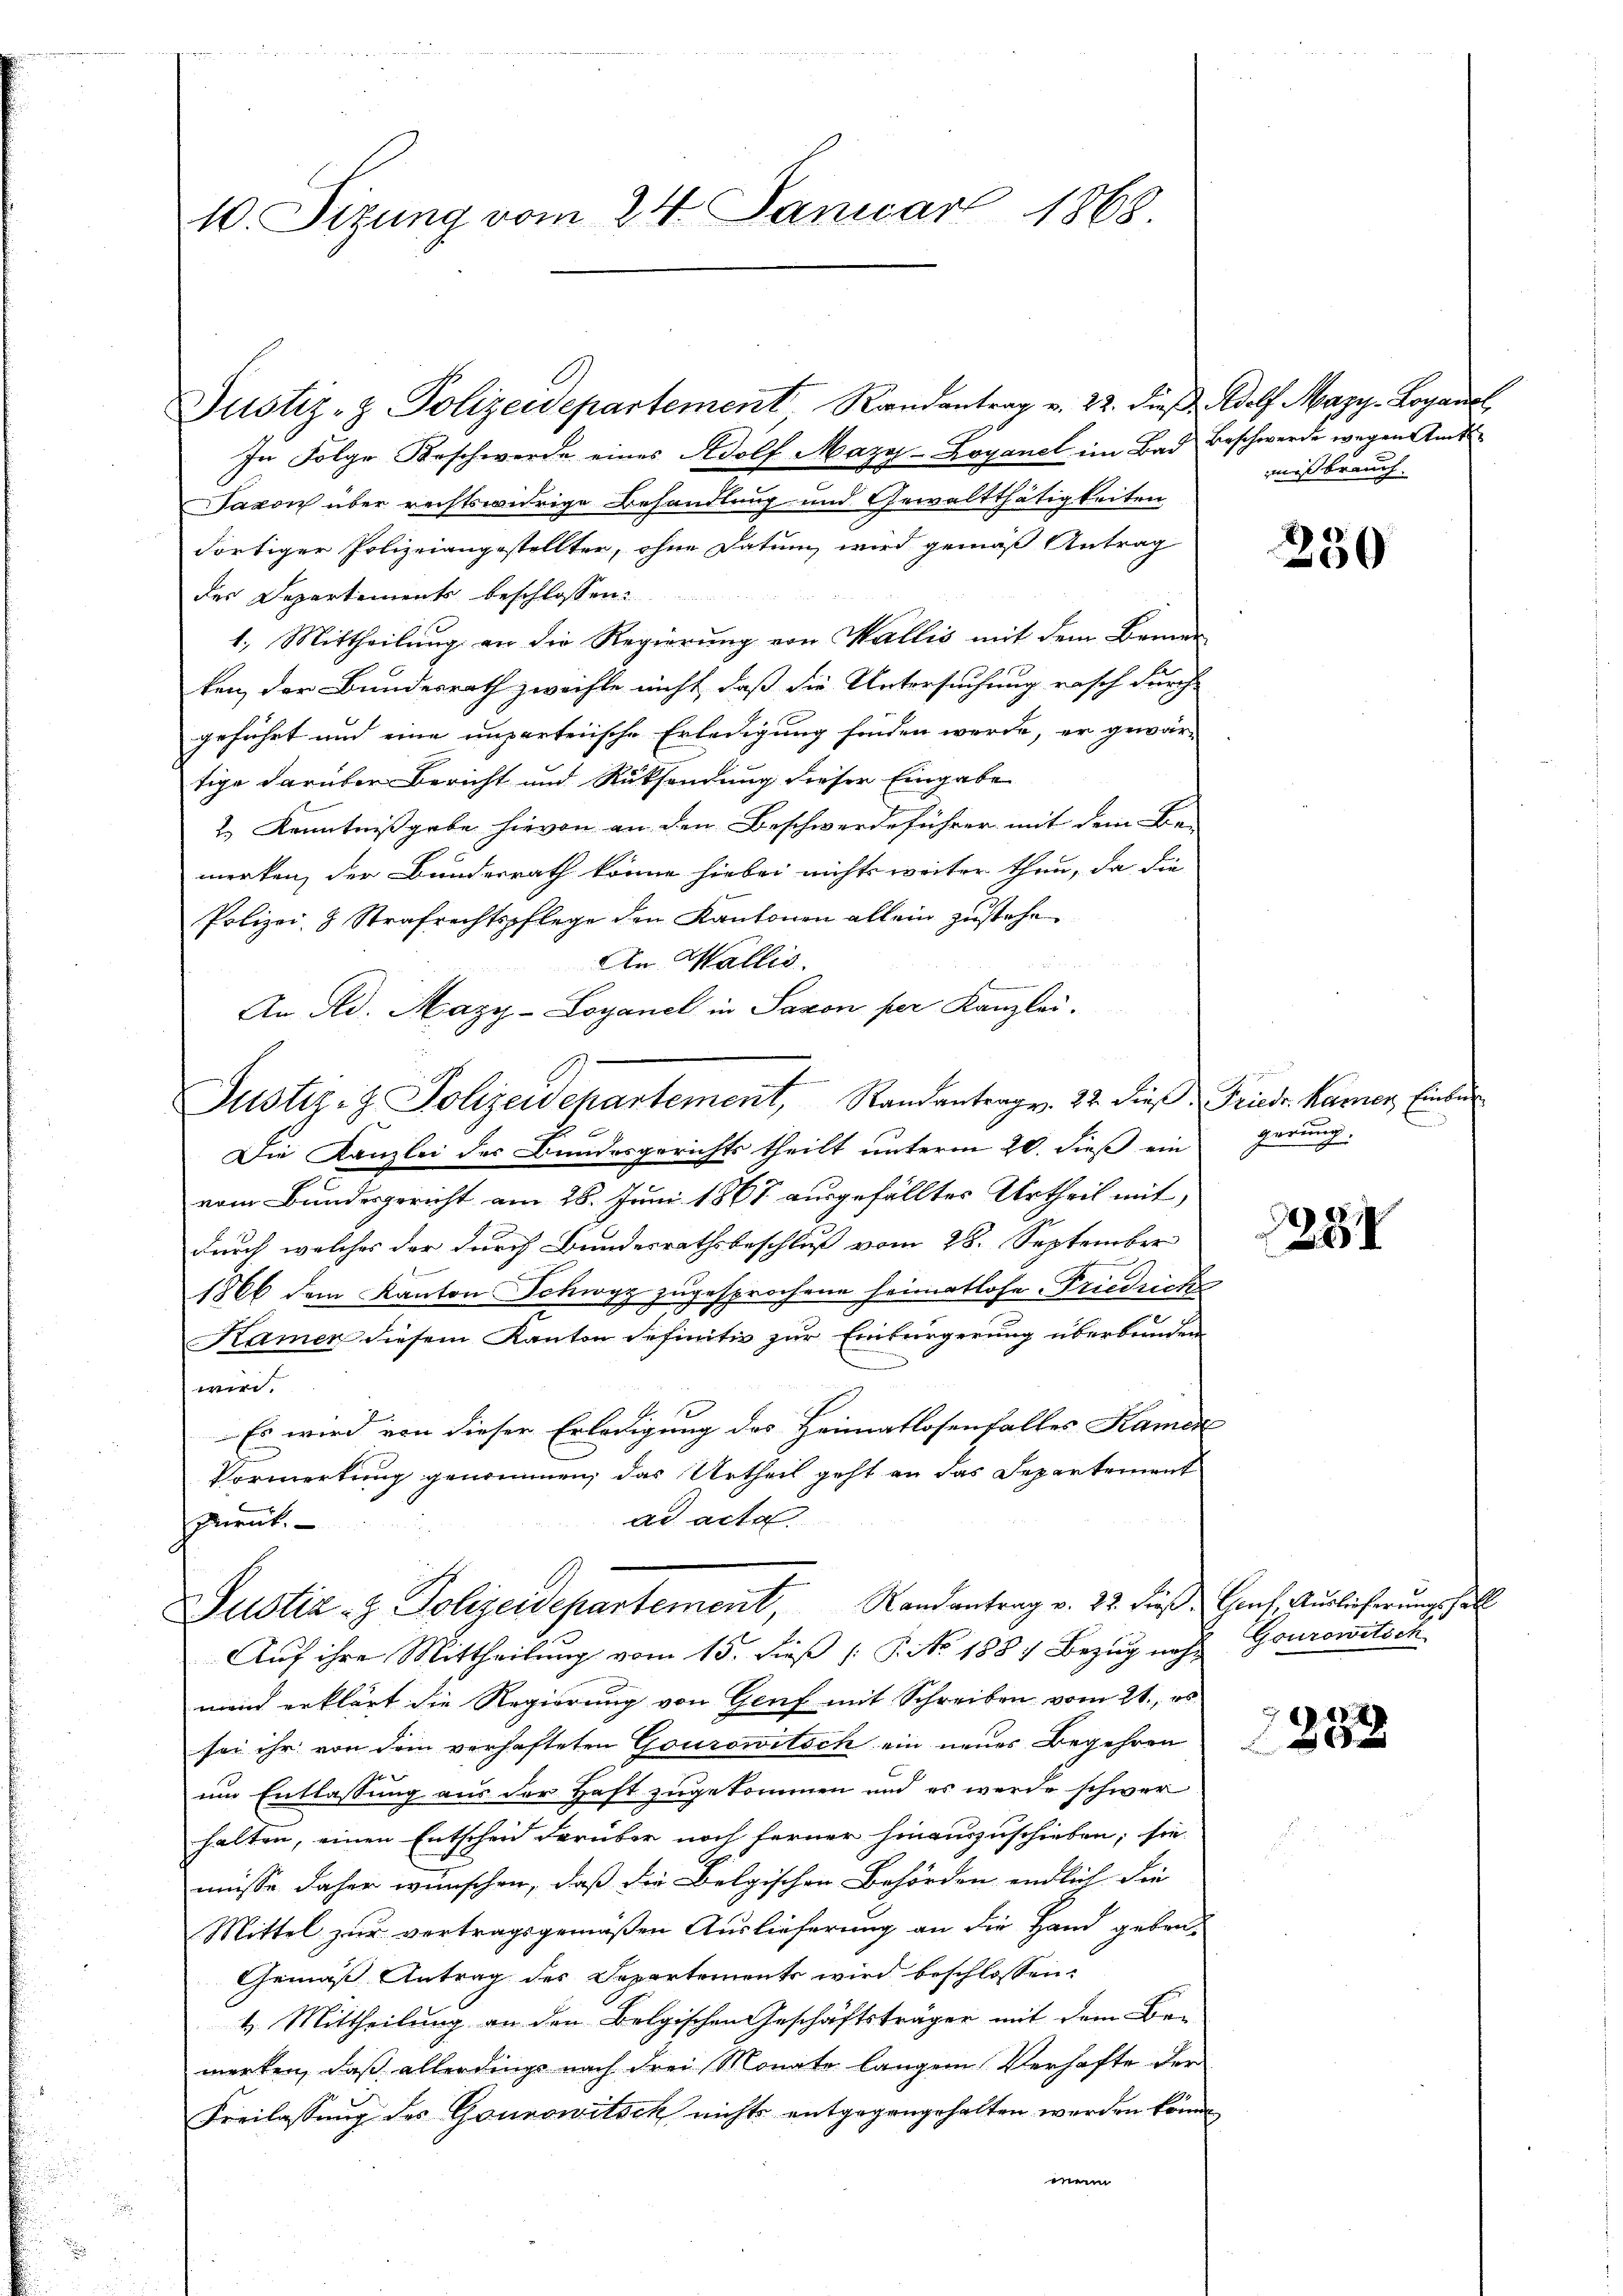
10. Sizung vom 24. Januar 1868.

Justiz- & Polizeidepartement . . . . La
In Folge Beschwerde eines Adolf Maza-Loyanel im Bad Beschwerde wegen Amts¬
Taxon über rechtswidrige Behandlung und Gewaltthätigkeiten
dortiger Polizeiangestellter, ohne Datum wird gemäß Antrag
des Departements beschlossen:
1. Mittheilung an die Regierung von Wallis mit dem Bemer
ken, der Bundesrath zweifle nicht, daß die Untersuchung rasch durch
geführt und eine unparteiische Erledigung finden werde, er gewär-
tige darüber Bericht und Rücksendung dieser Eingabe
2.) Kenntnißgabe hievon an den Beschwerdeführer mit dem Be-
merken, der Bundesrath könne hiebei nichts weiter thun, da die
Polizei- & Strafrechtspflege den Kantonen allein zŭstehen
An Wallis.
An Ad. Mazy-Loyanek in Saxon per Kanzlei.
Justiz- & Polizeidepartement, Randantrag. 22. dieß Friedr. Karner Eintr
Die Kanzlei der Bundesgerichts theilt unterm 20. dieß ein gerung-
vom Bundesgericht am 28. Juni 1867 ausgefälltes Urtheil mit,
durch welches der durch Bundesrathsbeschluß vom 28. September
z zugesprochene Heimatlose Friedricke
1866 dem Kanton Schwi
Kamer diesem Kanton definitiv zur Einbürgerung überbunden
wird.
Es wird von dieser Erledigung des Heimatlosenfalles Kamer
Vormerkung genommen, das Urtheil geht an das Separtement
ad acta
Purut.
Justiz- & Polizeidepartement, Randantrag v. 22. Fuß. Graf. Auslieferung soll
Auf ihre Mittheilung vom 15. dieß P. No 188) Bezug nach Gourowitsch
mein erklärt die Regierung von Genf mit Schreiben vom 21., es
sei ihr von dem verhafteten Gourowitsch ein neuer Begehren
um Entlassung aus der Haft zugekommen und es werde schwer
halten, einen Entscheid darüber noch ferner hinauszuschieben; sie
müsse daher wünschen, daß die Belgischen Behörden endlich die
Mittel zur vertragsgemäßen Auslieferung an die Hand geben,
Gemäß Antrag des Separtements wird beschlossen:
4. Mittheilung an den Belgischen Geschäftsträger mit dem Be-
merken, daß allerdings nach drei Monate langen Verhafte der
Freilassung des Gourowitsch nichts entgegangehalten werden könnt
mein

missbrauch

230

254

.